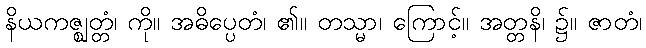
နိယကဇ္ဈတ္တံ၊ ကို။ အဓိပ္ပေတံ၊ ၏။ တသ္မာ၊ ကြောင့်။ အတ္တနိ၊ ၌။ ဇာတံ၊